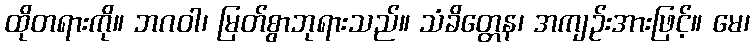
ထိုတရားကို။ ဘဂဝါ၊ မြတ်စွာဘုရားသည်။ သံခိတ္တေန၊ အကျဉ်းအားဖြင့်။ မေ၊